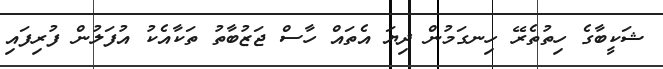
ޝަކީބާގެ ހިތުތެރޭ ހިނގަމުން ދިޔަ އެތައް ހާސް ޖަޒުބާތު ތަކާއެކު އުފަލުން ފުރިފައި